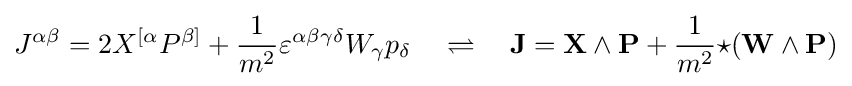
J^{\alpha \beta }=2X^{[\alpha }P^{\beta ]}+{\frac {1}{m^{2}}}\varepsilon ^{\alpha \beta \gamma \delta }W_{\gamma }p_{\delta }\quad \rightleftharpoons \quad \mathbf {J} =\mathbf {X} \wedge \mathbf {P} +{\frac {1}{m^{2}}}{\star }(\mathbf {W} \wedge \mathbf {P} )